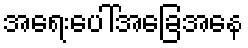
အရေးပေါ်အခြေအနေ